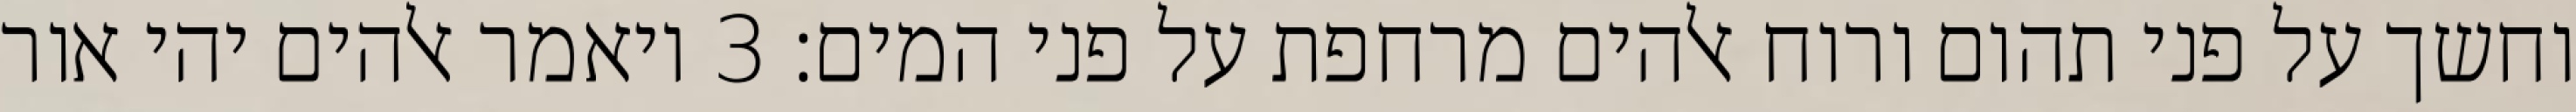
וחשך על פני תהום ורוח אלהים מרחפת על פני המים׃ ‎3‏ ויאמר אלהים יהי אור